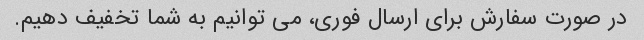
در صورت سفارش برای ارسال فوری، می توانیم به شما تخفیف دهیم.